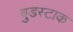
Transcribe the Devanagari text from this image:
वुडस्टाक